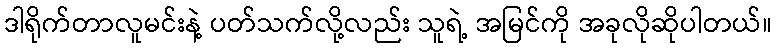
ဒါရိုက်တာလူမင်းနဲ့ ပတ်သက်လို့လည်း သူရဲ့ အမြင်ကို အခုလိုဆိုပါတယ်။